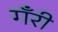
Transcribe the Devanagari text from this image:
गँरी